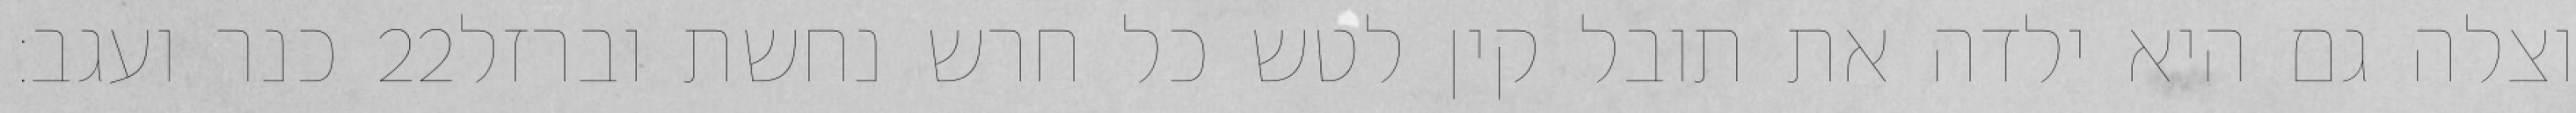
כנר ועגב׃ ‎22‏ וצלה גם היא ילדה את תובל קין לטש כל חרש נחשת וברזל